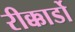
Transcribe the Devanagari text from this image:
रीक्कार्डो